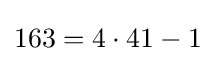
163=4\cdot 41-1